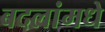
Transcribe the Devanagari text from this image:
बदलांमधे